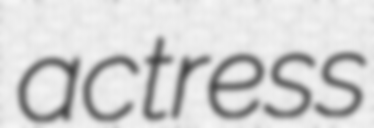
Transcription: actress